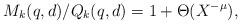
LaTeX: \begin{align*} M_k(q,d)/Q_k(q,d) = 1 +\Theta(X^{-\mu}),\end{align*}